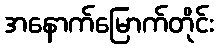
အနောက်မြောက်တိုင်း